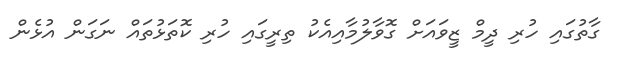
ގާތުގައި ހުރި ދީމް ޒީވައަށް ގޮވާލުމާއިއެކު ތިރީގައި ހުރި ކޮތަޅުތައް ނަގަން އުޅެން